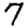
Digit: 7